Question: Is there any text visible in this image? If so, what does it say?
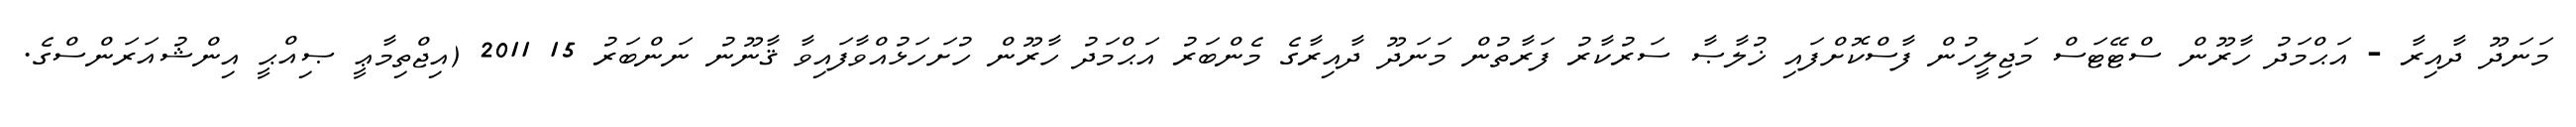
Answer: މަނަދޫ ދާއިރާ - އަޙްމަދު ހާރޫން ސްޓޭޓަސް މަޖިލީހުން ފާސްކޮށްފައި ޚުލާޞާ ސަރުކާރު ފަރާތުން މަނަދޫ ދާއިރާގެ މެންބަރު އަޙްމަދު ހާރޫން ހުށަހަޅުއްވާފައިވާ ޤާނޫނު ނަންބަރު 15 2011 (އިޖްތިމާޢީ ޞިއްޙީ އިންޝުއަރަންސްގެ.